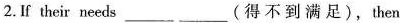
2.If their needs___ ___(得不到满足),then